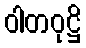
ဝါတဝုဋ္ဌိ